Scottish Leaving Certificate Examination, 1955
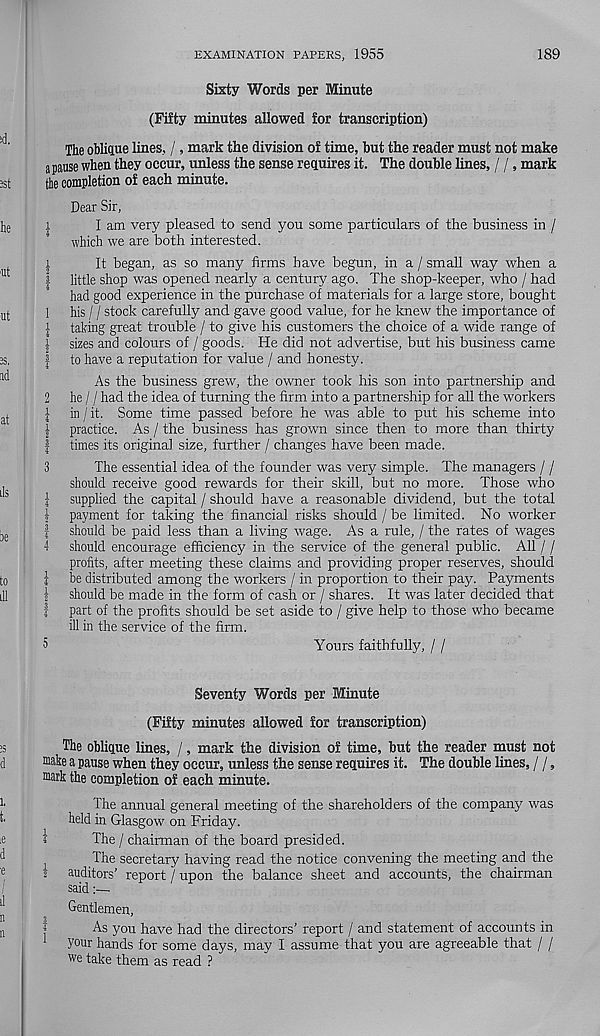
EXAMINATION PAPERS, 1955
189
Sixty Words per Minute
(Fifty minutes allowed for transcription)
The oblique lines, /, mark the division of time, but the reader must not make
a pause when they occur, unless the sense requires it. The double lines, / /, mark
the completion of each minute.
Dear Sir,
1
I am very pleased to send you some particulars of the business in /
which we are both interested.
\
It began, as so many firms have begun, in a / small way when a
| little shop was opened nearly a century ago. The shop-keeper, who / had
had good experience in the purchase of materials for a large store, bought
1 his 11 stock carefully and gave good value, for he knew the importance of
| taking great trouble / to give his customers the choice of a wide range of
1 sizes and colours of / goods. He did not advertise, but his business came
| to have a reputation for value / and honesty.
As the business grew, the owner took his son into partnership and
2 he / / had the idea of turning the firm into a partnership for all the workers
| in / it. Some time passed before he was able to pirt his scheme into
| practice. As / the business has grown since then to more than thirty
| times its original size, further / changes have been made.
3
The essential idea of the founder was very simple. The managers / /
should receive good rewards for their skill, but no more. Those who
i supplied the capital / should have a reasonable dividend, but the total
| payment for taking the financial risks should / be limited. No worker
| should be paid less than a living wage. As a rule, / the rates of wages
4 should encourage efficiency in the service of the general public. All / /
profits, after meeting these claims and providing proper reserves, should
i be distributed among the workers / in proportion to their pay. Payments
| should be made in the form of cash or / shares. It was later decided that
| part of the profits should be set aside to / give help to those who became
ill in the service of the firm.
5
Yours faithfully, / /
Seventy Words per Minute
(Fifty minutes allowed for transcription)
The oblique lines, /, mark the division of time, but the reader must not
make a pause when they occur, unless the sense requires it. The double lines, / /,
mark the completion of each minute.
The annual general meeting of the shareholders of the company was
held in Glasgow on Friday.
1
The / chairman of the board presided.
The secretary having read the notice convening the meeting and the
2 auditors’ report / upon the balance sheet and accounts, the chairman
said
Gentlemen,
As you have had the directors’ report / and statement of accounts in
your hands for some days, may I assume that you are agreeable that / /
we take them as read ?